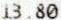
13.80